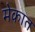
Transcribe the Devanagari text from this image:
मेकात